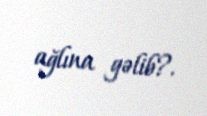
ağlına gəlib?.